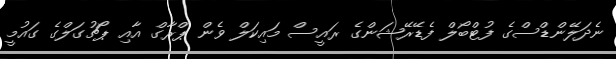
ނެދަލޭންޑްސްގެ ފުޓްބޯލް ފެޑޭރޭޝަންގެ ރައީސް މައިކަލް ވެން ޕްރާގް އާއި ޕޯޗުގަލްގެ ގައުމީ